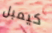
كيمبل